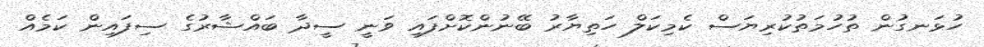
ހުޅަނގުން ތުހުމަތުކުރިޔަސް ކެމިކަލް ހަތިޔާރު ބޭނުންކޮށްފައި ވަނީ ސީދާ ބައްޝާރުގެ ސިފައިން ކަމެއް